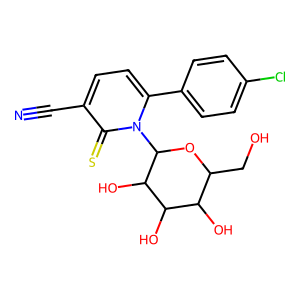
SMILES: N#Cc1ccc(-c2ccc(Cl)cc2)n(C2OC(CO)C(O)C(O)C2O)c1=S
Inhibits HIV replication: No